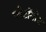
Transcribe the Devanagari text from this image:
प्लेटॉनोव